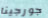
جورجينا